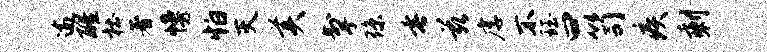
逾醒杜著幔怕灭美掣琼垂兹虐不珏曰笥疾剩